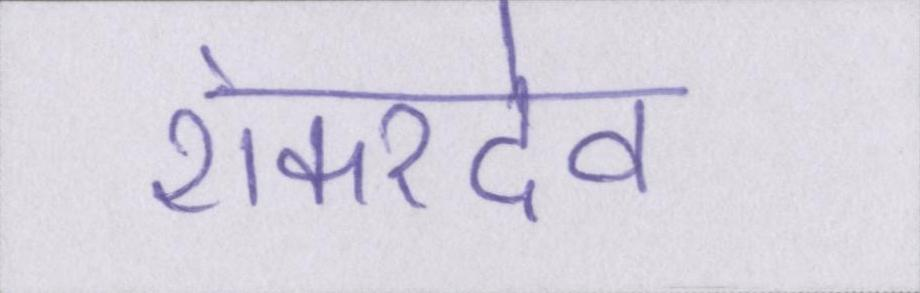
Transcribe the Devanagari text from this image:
शंकरदेव